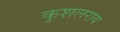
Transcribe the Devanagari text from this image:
कुशलराय